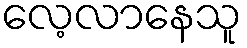
လေ့လာနေသူ